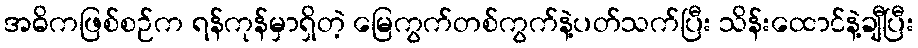
အဓိကဖြစ်စဉ်က ရန်ကုန်မှာရှိတဲ့ မြေကွက်တစ်ကွက်နဲ့ပတ်သက်ပြီး သိန်းထောင်နဲ့ချီပြီး